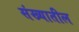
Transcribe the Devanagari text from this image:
संख्यातील